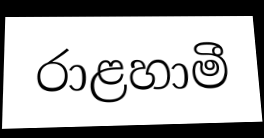
රාළහාමී